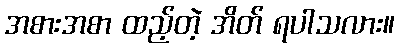
အစားအစာ ထည့်တဲ့ အိတ် ရပါသလား။